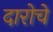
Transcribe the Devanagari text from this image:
दारोचे